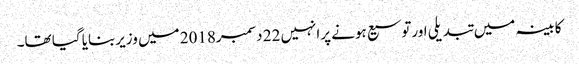
کابینہ میں تبدیلی اورتوسیع ہونے پرانہیں 22 دسمبر2018 میں وزیربنایا گیا تھا۔